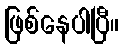
ဖြစ်နေပါပြီ။